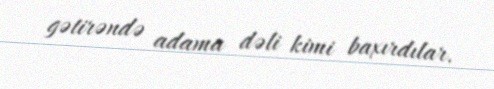
gətirəndə adama dəli kimi baxırdılar.